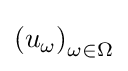
\left(u_{\omega }\right)_{\omega \in \Omega }